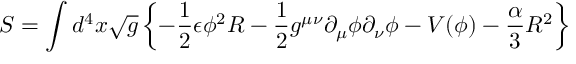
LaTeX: S = \int d ^ { 4 } x \sqrt { g } \left\{ - { \frac { 1 } { 2 } } \epsilon { \phi } ^ { 2 } R - { \frac { 1 } { 2 } } g ^ { \mu \nu } { \partial } _ { \mu } { \phi } { \partial } _ { \nu } { \phi } - V ( \phi ) - { \frac { \alpha } { 3 } } R ^ { 2 } \right\}